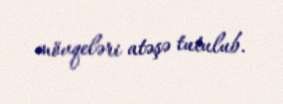
mövqeləri atəşə tutulub.